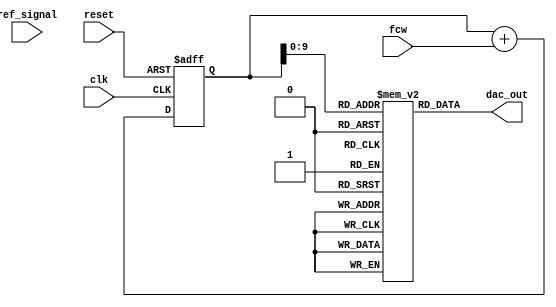
module DDS_PLL (
    input wire clk,                // System clock
    input wire reset,              // Asynchronous reset
    input wire [N-1:0] fcw,        // Frequency Control Word
    input wire ref_signal,          // Reference signal for PLL
    output wire [DAC_WIDTH-1:0] dac_out // Output to DAC
);
    parameter N = 32;              // Phase accumulator width
    parameter M = 10;              // LUT address width
    parameter LUT_SIZE = 1 << M;   // Size of the LUT
    parameter DAC_WIDTH = 12;      // DAC output width

    // Phase accumulator
    reg [N-1:0] phase_accumulator;
    
    always @(posedge clk or posedge reset) begin
        if (reset) begin
            phase_accumulator <= 0;
        end else begin
            phase_accumulator <= phase_accumulator + fcw;
        end
    end

    // Sine wave lookup table
    reg [DAC_WIDTH-1:0] sine_lut [0:LUT_SIZE-1];
    
    initial begin
        // Initialize the sine LUT with precomputed values
        // This should be filled with actual sine values
        // Example: sine_lut[0] = 0; sine_lut[1] = ...; sine_lut[LUT_SIZE-1] = 4095;
    end

    // Output from the LUT
    wire [DAC_WIDTH-1:0] lut_out;
    assign lut_out = sine_lut[phase_accumulator[M-1:0]]; // Use lower M bits for LUT address

    // DAC output
    assign dac_out = lut_out;

    // PLL (simplified)
    reg [N-1:0] vco_output;
    reg [N-1:0] error_signal;
    
    always @(posedge clk or posedge reset) begin
        if (reset) begin
            vco_output <= 0;
            error_signal <= 0;
        end else begin
            // Phase detector (simple XOR for demonstration)
            error_signal <= ref_signal ^ lut_out; // Compare output with reference signal
            
            // Low-pass filter (simple averaging for demonstration)
            error_signal <= (error_signal + error_signal) >> 1; // Simple LPF
            
            // VCO adjustment (for demonstration)
            vco_output <= vco_output + error_signal; // Adjust VCO frequency based on error
        end
    end

endmodule